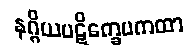
နဂ္ဂိယပဋိက္ခေပကထာ